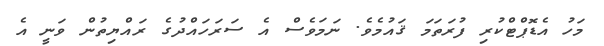
މަހު އެޑޮޕްޓްކުރި ފުރަތަމަ ޤައުމެވެ. ނަމަވެސް އެ ސަރަހައްދުގެ ރައްޔިތުން ވަނީ އެ